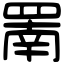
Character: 罱